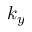
k _ { y }